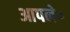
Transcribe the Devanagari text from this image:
आपने॰